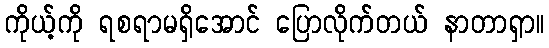
ကိုယ့်ကို ရစရာမရှိအောင် ပြောလိုက်တယ် နာတာရှာ။